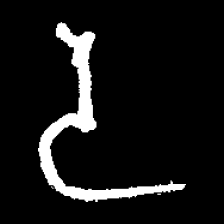
Pyu character \u2014 Myanmar letter: ဒ (romanized: da)